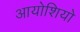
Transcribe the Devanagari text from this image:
आयोशियो